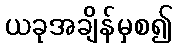
ယခုအချိန်မှစ၍